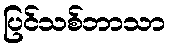
ပြင်သစ်ဘာသာ